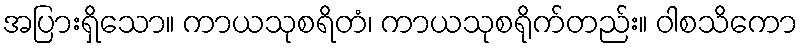
အပြားရှိသော။ ကာယသုစရိတံ၊ ကာယသုစရိုက်တည်း။ ဝါစသိကော